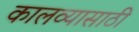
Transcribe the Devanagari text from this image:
कालव्यासाठी